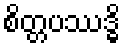
စိတ္တပဿဒ္ဓိ